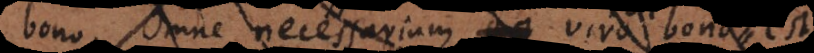
bono. Omne necessarium viro bono est